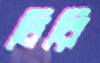
চিরি